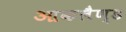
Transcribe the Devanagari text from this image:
आकलैण्ड